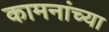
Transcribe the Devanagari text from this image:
कामनांच्या